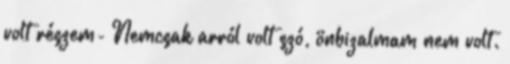
volt részem- Nemcsak arról volt szó, önbizalmam nem volt.